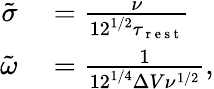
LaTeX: \begin{array}{rl}{\tilde{\sigma}}&{{}=\frac{\nu}{12^{1/2}\tau_{\mathrm{~r~e~s~t~}}}}\\ {\tilde{\omega}}&{{}=\frac{1}{12^{1/4}\Delta V\nu^{1/2}},}\end{array}